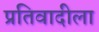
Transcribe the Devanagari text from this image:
प्रतिवादीला